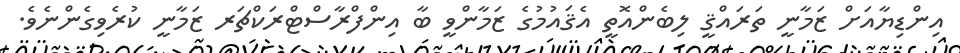
އިންޑިޔާއަށް ޒަމާނީ ތަރައްޤީ ލިބެންއޮތީ އެޤައުމުގެ ޒަމާންވީ ބާ އިންފްރާސްޓްރަކްޗަރ ޒަމާނީ ކުރެވިގެންނެވެ.